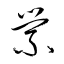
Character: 縈